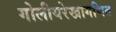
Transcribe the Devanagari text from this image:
गोलीयरेखागणित